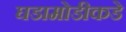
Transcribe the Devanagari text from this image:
घडामोडीकडे